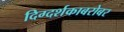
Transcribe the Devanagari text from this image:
दिग्दर्शकाबरोबर